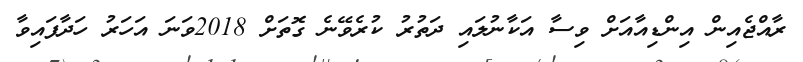
ރާއްޖެއިން އިންޑިއާއަށް ވިސާ އަކާނުލައި ދަތުރު ކުރެވޭނެ ގޮތަށް 2018ވަނަ އަހަރު ހަދާފައިވާ